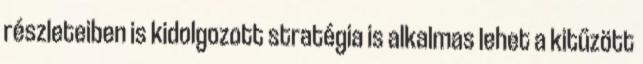
részleteiben is kidolgozott stratégia is alkalmas lehet a kitűzött